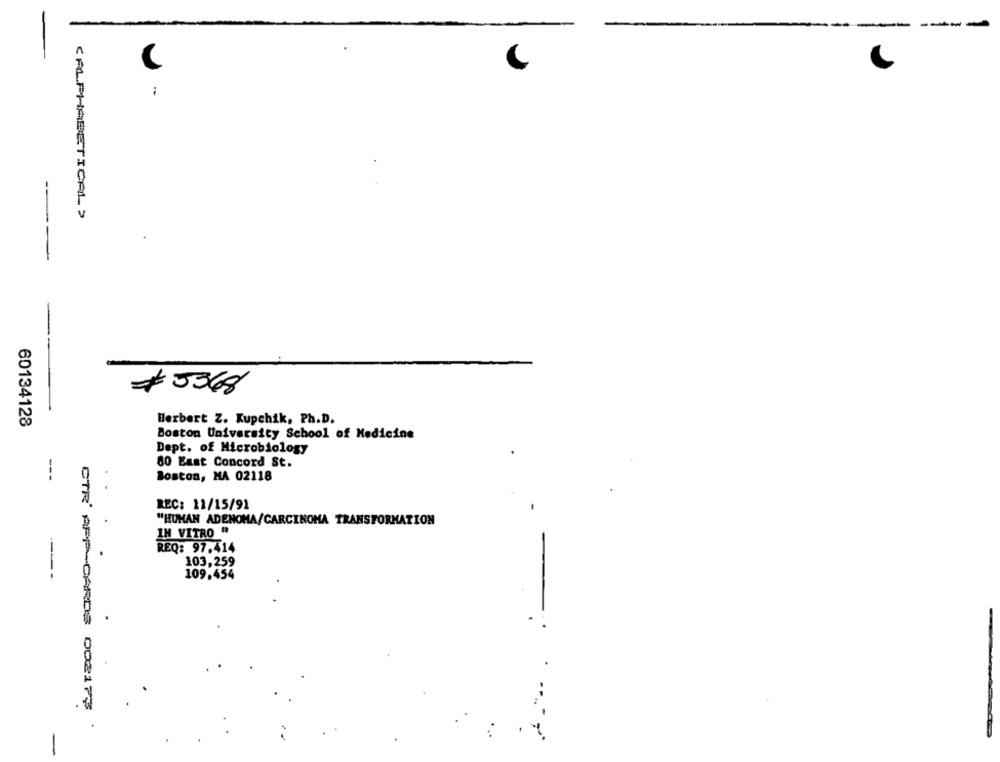
<ALPHABETICAL >
---
60134128
Herbert Z. Kupchik, Ph.D.
Boston University School of Medicine
Dept. of Microbiology
80 East Concord St.
---
Boston, MA 02118
REC: 11/15/91
"HUMAN ADENOMA/CARCINOMA TRANSFORMATION
IN VITRO "
REQ: 97.414
103,259
---
109,454
CTR' APP-CARDS DO217F
-